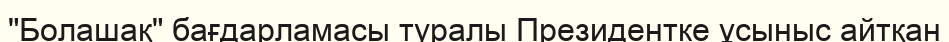
"Болашақ" бағдарламасы туралы Президентке ұсыныс айтқан